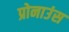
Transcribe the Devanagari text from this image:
प्रोनाउंस